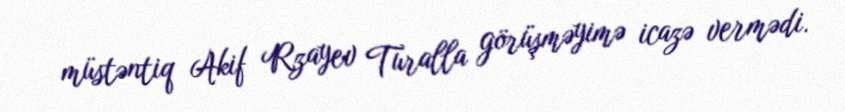
müstəntiq Akif Rzayev Turalla görüşməyimə icazə vermədi.